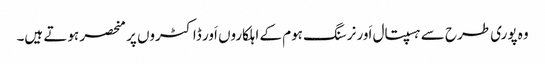
وہ پوری طرح سے ہسپتال اَور نرسنگ ہوم کے اہلکاروں اَور ڈاکٹروں پر منحصر ہوتے ہیں۔